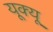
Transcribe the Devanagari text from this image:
यूक्यू